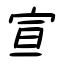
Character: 宣